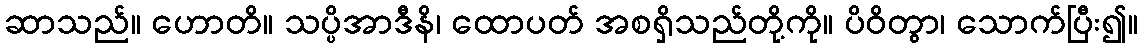
ဆာသည်။ ဟောတိ။ သပ္ပိအာဒီနိ၊ ထောပတ် အစရှိသည်တို့ကို။ ပိဝိတွာ၊ သောက်ပြီး၍။